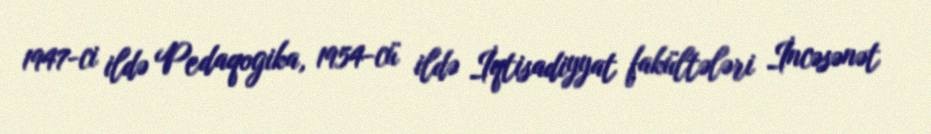
1947-ci ildə Pedaqogika, 1954-cü ildə İqtisadiyyat fakültələri İncəsənət